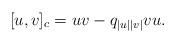
LaTeX: \begin{align*}[u, v]_c &= uv - q_{\vert u\vert \vert v\vert} vu.\end{align*}